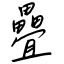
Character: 疊